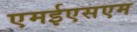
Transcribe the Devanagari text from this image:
एमईएसएम